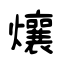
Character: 爙